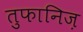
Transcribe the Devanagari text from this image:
तुफानिज़